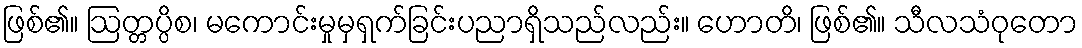
ဖြစ်၏။ ဩတ္တပ္ပိစ၊ မကောင်းမှုမှရှက်ခြင်းပညာရှိသည်လည်း။ ဟောတိ၊ ဖြစ်၏။ သီလသံဝုတော